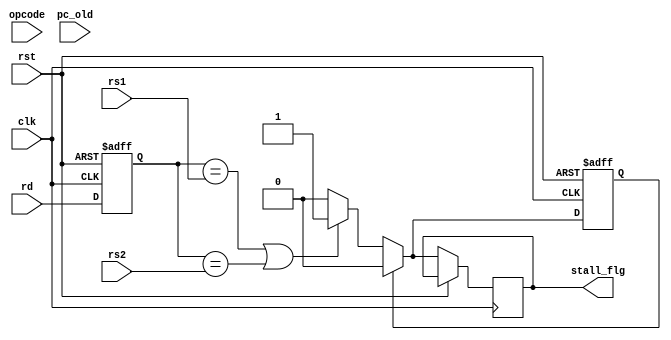
/*
* 	Nathan Chinn
* 	Minion CPU - NanoQuarter
*
*	Module:  Stall Unit
*	Inputs:  opcode, register source 1, register source 2, register
*		 destination, program counter
*	Outputs: stall flag, Program counter
*
*/

module StallUnit(	input		clk,	// System Clock
					rst, 	// System Reset
			input[1:0]	opcode,	// operation code
			input[2:0]	rs1,	// register source 1
					rs2,	// register source 2
					rd,	// register destination
			input[31:0]	pc_old,	// program counter in
			output reg		stall_flg // Flag set high when stall required
		);
	reg[2:0] rd_last;
	reg	 clear_stall;

	always @ (posedge clk or posedge rst) //non blocking statements added
	begin
		if(rst == 1)
		begin
			clear_stall <= 0;
			rd_last <= 3'b000;
		end

		else
		begin
			stall_flg <= 0;
			
			if(clear_stall == 0)
			begin
				if(rd_last == rs1 || rd_last == rs2)
				begin
					stall_flg <= 1;
					clear_stall <= 1;
				end
			end
			else
			begin
				stall_flg <= 0;
				clear_stall <= 0;
			end

			rd_last <= rd;
		end
	end
endmodule